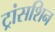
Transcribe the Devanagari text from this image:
ट्रांसशिन